Leaving Certificate Examination (including Day School Certificate (Higher) General paper), 1926
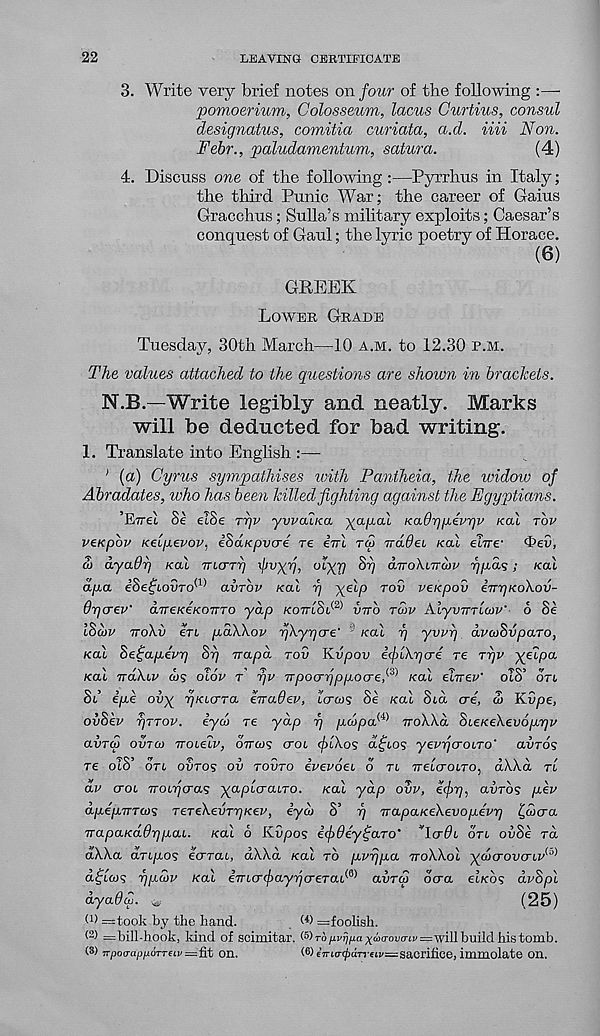
22
LEAVING CERTIFICATE
3. Write very brief notes on four of the following :—
pomoerium, Colosseum, lacus Curtins, consul
designatus, comitia curiata, a.d. iiii Non.
Febr., paludamentum, satura.
(4)
4. Discuss one of the following :—Pyrrhus in Italy;
the third Punic War; the career of Gaius
Gracchus; Sulla’s military exploits; Caesar’s
conquest of Gaul; the lyric poetry of Horace.
(6)
GREEK
LOWER GRADE
Tuesday, 30th March—10 A.M. to 12.30 P.M.
The values attached to the questions are shown in brackets.
N.B.—Write legibly and neatly. Marks
will be deducted for bad writing.
1. Translate into English :—
' (a) Cyrus sympathises with Pantheia, the widow of
Abradates, who has been killed fighting against the Egyptians.
’ETiet Se eiSe ryv ywcu/ca yajacu KaOrjyivrjv KOL TOV
veKpbv Kelyevov, iSaKpvcre re iirl TCO iradei KCU elne- 4>e£<,
3) ayaOr) KOX TUCTTT) I/ ,V X' 1 ?> °^XV
diroXLTrcov rip.as; KCLI
a/xa eoegiovTO K ' avTOv KOLL r) x €i P T0V veK P ov enrjKokov-
Oycrev' d/jre/ce/coTrTO yap KOTTISL^ v-rro TUIV Alywrloov' 6 Se
i8cov TTO\V en p,ak\ov rfkyiqcre.' /cat rj ywy dvcoSvparo,
Kal Sefayevr) 8rj irapd TOV Kvpov If iky <j 4 re ryv yeipa
/cat 7rdX.tr cos otdr T yv TTpocnjpyocre,^ Kal etrrer' otS’ drt
i e/xc ovx rjKicrTa eTrauev, icrcos oe /cat bia ore, co Kvpe,
ovSev T/TTOV. eyco re yap y p.dpa^ rroXAd SieKeXevoyyv
avTcv OVTCO Trotetr, oircos croi flXos dftos yevrjcroiTO' aurds
re otS’ drt oBros ov TOVTO ivevoei o rt Tretcrotro, dXXct rt
dv croi Troirjcras yaplcraiTO. /cat yap ovv, efy, awrds yev
dyeyiTTaj's TeTekevryKev, iy OJ S’ rj TrapaKe\evoy4vrj ^wcra
TrapaKaOrjyai. Kal 6 Kiipos ifOey^aro’ Tcr#t drt oiiSe rd
dX.Xa drt/ios eVrat, dWd /cat TO yvrjya TTOWOI yficrovcriv^
dficvs yydv Kal iTncr(j)ayycreTad 6) avTu dara et/cds dvSpl
dyadcu.
(25)
(C — took by the hand.
=foolish.
(2) =bill-hook, kind of scimitar. ( s >TO/iid/iaxmcroua-ii/=-willbuildhistoHib.
(S) TTpotrapfJ.OTT€LV = fit OH.
(6) e7rt(r<£arreti/=sacrifice, immolate on.